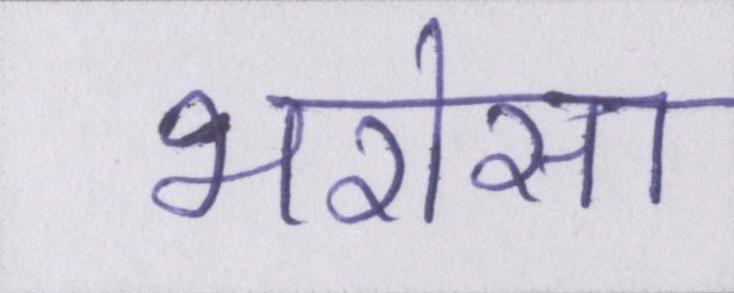
भरोसा